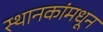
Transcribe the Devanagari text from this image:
स्थानकांमधून